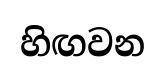
හිඟවන